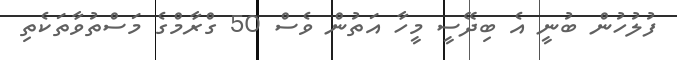
ފުލުހުން ބުނީ އެ ބިދޭސީ މީހާ އަތުން ވެސް 50 ގްރާމްގެ މަސްތުވާތަކެތި